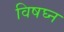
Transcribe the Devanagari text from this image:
विषघ्न